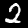
Label: 2